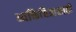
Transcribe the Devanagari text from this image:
व्यक्तिचित्रासाठी